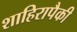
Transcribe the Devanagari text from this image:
शाहिरापैकी